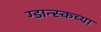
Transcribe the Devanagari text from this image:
ग्डान्स्कच्या